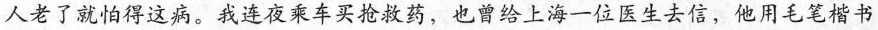
人老了就怕得这病。我连夜乘车买抢救药，也曾给上海一位医生去信，他用毛笔楷书